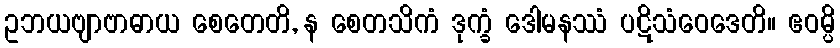
ဥဘယဗျာဗာဓာယ စေတေတိ, န စေတသိကံ ဒုက္ခံ ဒေါမနဿံ ပဋိသံဝေဒေတိ။ ဧဝမ္ပိ